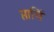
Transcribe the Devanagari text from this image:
प्ताचिं